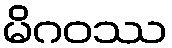
မိဂဝဿ